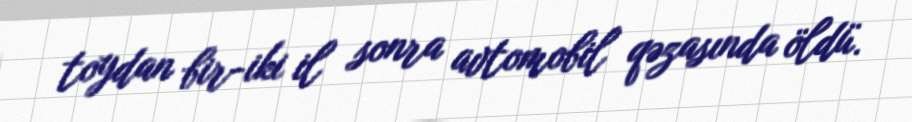
toydan bir-iki il sonra avtomobil qəzasında öldü.